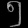
Digit: ၅